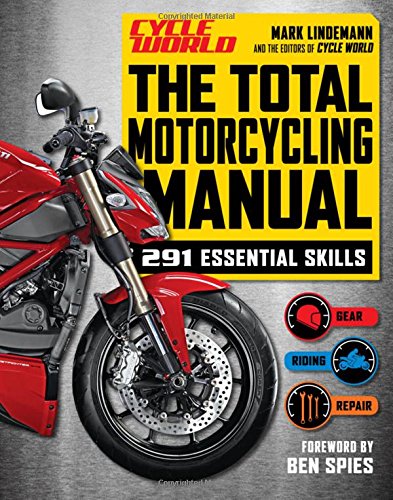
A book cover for The Total Motorcycling Manual (Cycle World): 291 Skills You Need; Mark Lindemann; Engineering & Transportation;